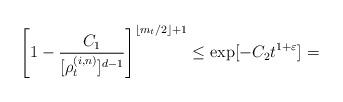
LaTeX: \begin{align*} \left[1-\frac{C_1}{[\rho_t^{(i,n)}]^{d-1}}\right]^{\lfloor m_t/2\rfloor+1}\leq \exp[-C_2 t^{1+\varepsilon}] = \end{align*}